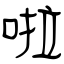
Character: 啦